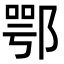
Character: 鄂